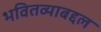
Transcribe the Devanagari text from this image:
भवितव्याबद्दल